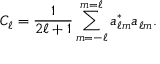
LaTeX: C _ { \ell } = { \frac { 1 } { 2 \ell + 1 } } \sum _ { m = - \ell } ^ { m = \ell } a _ { \ell m } ^ { * } a _ { \ell m } .